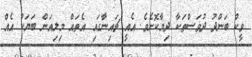
ވީކް ބަންދު ދުވަސްތަކާ ދިމާކޮށެވެ. އެއީ ޗައިނާގައި އެތައް މިލިއަން ބަޔަކު އެއް